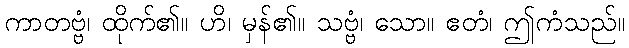
ကာတဗ္ဗံ၊ ထိုက်၏။ ဟိ၊ မှန်၏။ သဗ္ဗံ၊ သော။ ဧတံ၊ ဤကံသည်။